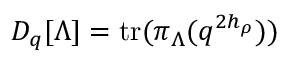
D _ { q } [ \Lambda ] = \mathrm { t r } ( \pi _ { \Lambda } ( q ^ { 2 h _ { \rho } } ) )